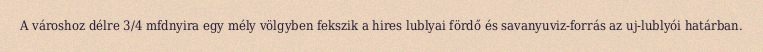
A városhoz délre 3/4 mfdnyira egy mély völgyben fekszik a hires lublyai fördő és savanyuviz-forrás az uj-lublyói határban.